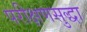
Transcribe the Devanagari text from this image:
परीक्षणसुद्धा